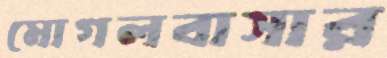
মোগলবাসার